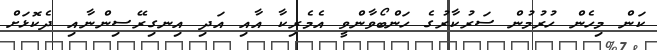
ކަން މިހެން ހުރުމުން ސަރުކާރުގެ ހަންބޯވާންވީ އެމެރިކާ އާއި އަދި އިނގިރޭސިންނާއި ދެކޮޅަށް